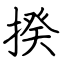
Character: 揆